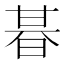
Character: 㫷